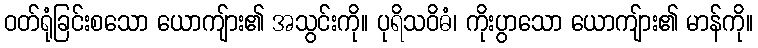
ဝတ်ရုံခြင်းစသော ယောကျ်ား၏ အသွင်းကို။ ပုရိသဝိဓံ၊ ကိုးပွာသော ယောကျ်ား၏ မာန်ကို။